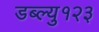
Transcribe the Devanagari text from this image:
डब्ल्यु१२३